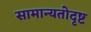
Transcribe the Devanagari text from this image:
सामान्यतोदृष्ट